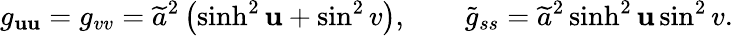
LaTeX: g_{\mathbf{u}\mathbf{u}}=g_{vv}=\widetilde{{a}}^{2}\left(\sinh^{2}\mathbf{u}+\sin^{2}v\right),\qquad\widetilde{{g}}_{ss}=\widetilde{{a}}^{2}\sinh^{2}\mathbf{u}\sin^{2}v.